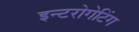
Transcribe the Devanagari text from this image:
इन्टरोगेटिंग